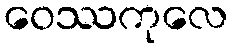
ဝေဿကုလေ